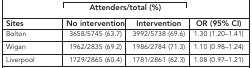
<table><thead><tr><td><b> </b></td><td colspan="2"><b>Attenders/total (%)</b></td><td><b> </b></td></tr><tr><td><b>Sites</b></td><td><b>No intervention</b></td><td><b>Intervention</b></td><td><b>OR (95% CI)</b></td></tr></thead><tbody><tr><td>Bolton</td><td>3658/5745 (63.7)</td><td>3992/5738 (69.6)</td><td>1.30 (1.20–1.41)</td></tr><tr><td>Wigan</td><td>1962/2835 (69.2)</td><td>1986/2784 (71.3)</td><td>1.10 (0.98–1.24)</td></tr><tr><td>Liverpool</td><td>1729/2865 (60.4)</td><td>1781/2861 (62.3)</td><td>1.08 (0.97–1.21)</td></tr></tbody></table>